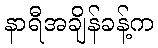
နာရီအချိန်ခန့်က